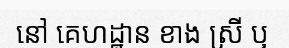
នៅ គេហដ្ឋាន ខាង ស្រី ឬ